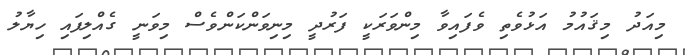
މިއަދު މިޤައުމު އަޅުވެތި ވެފައިވާ މިންވަރަކީ ފަރުދީ މިނިވަންކަންވެސް މިވަނީ ގެއްލިފައި ހިޔާލު